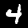
Digit: 4